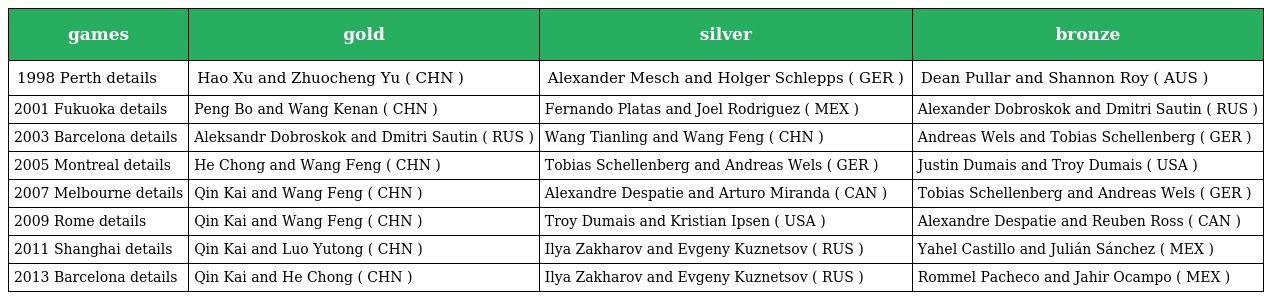
| games | gold | silver | bronze |
 | --- | --- | --- | --- |
 | 1998 Perth details | Hao Xu and Zhuocheng Yu ( CHN ) | Alexander Mesch and Holger Schlepps ( GER ) | Dean Pullar and Shannon Roy ( AUS ) |
 | 2001 Fukuoka details | Peng Bo and Wang Kenan ( CHN ) | Fernando Platas and Joel Rodriguez ( MEX ) | Alexander Dobroskok and Dmitri Sautin ( RUS ) |
 | 2003 Barcelona details | Aleksandr Dobroskok and Dmitri Sautin ( RUS ) | Wang Tianling and Wang Feng ( CHN ) | Andreas Wels and Tobias Schellenberg ( GER ) |
 | 2005 Montreal details | He Chong and Wang Feng ( CHN ) | Tobias Schellenberg and Andreas Wels ( GER ) | Justin Dumais and Troy Dumais ( USA ) |
 | 2007 Melbourne details | Qin Kai and Wang Feng ( CHN ) | Alexandre Despatie and Arturo Miranda ( CAN ) | Tobias Schellenberg and Andreas Wels ( GER ) |
 | 2009 Rome details | Qin Kai and Wang Feng ( CHN ) | Troy Dumais and Kristian Ipsen ( USA ) | Alexandre Despatie and Reuben Ross ( CAN ) |
 | 2011 Shanghai details | Qin Kai and Luo Yutong ( CHN ) | Ilya Zakharov and Evgeny Kuznetsov ( RUS ) | Yahel Castillo and Julián Sánchez ( MEX ) |
 | 2013 Barcelona details | Qin Kai and He Chong ( CHN ) | Ilya Zakharov and Evgeny Kuznetsov ( RUS ) | Rommel Pacheco and Jahir Ocampo ( MEX ) |